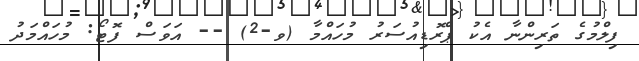
ފިލްމުގެ ތަރިންނާ އެކު ޕްރޮޑިއުސަރު މުހައްމާ (ވ-2) -- އަވަސް ފޮޓޯ: މުހައްމަދު